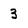
Character: 3